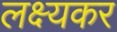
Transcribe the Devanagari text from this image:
लक्ष्यकर